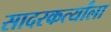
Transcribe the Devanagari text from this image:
सादरकर्त्यांला